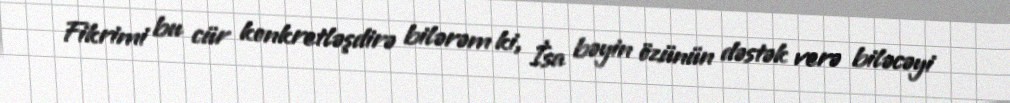
Fikrimi bu cür konkretləşdirə bilərəm ki, İsa bəyin özünün dəstək verə biləcəyi